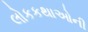
લોકકથાઓની